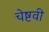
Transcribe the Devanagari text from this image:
चेष्टवी